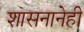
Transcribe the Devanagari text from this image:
शासनानेही